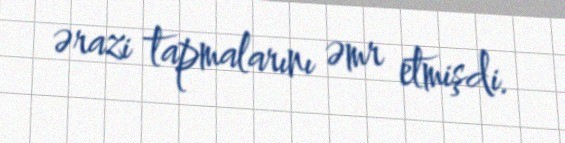
ərazi tapmalarını əmr etmişdi.